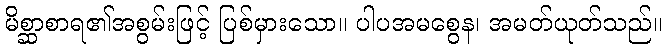
မိစ္ဆာစာရ၏အစွမ်းဖြင့် ပြစ်မှားသော။ ပါပအမစွေန၊ အမတ်ယုတ်သည်။